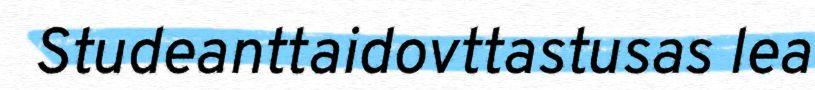
Studeanttaidovttastusas lea